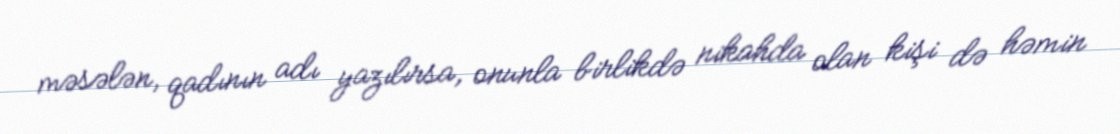
məsələn, qadının adı yazılırsa, onunla birlikdə nikahda olan kişi də həmin